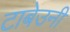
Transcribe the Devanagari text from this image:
टाबेउनी